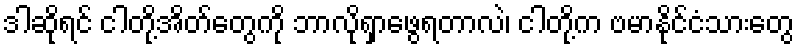
ဒါဆိုရင် ငါတို့အိတ်တွေကို ဘာလိုရှာဖွေရတာလဲ၊ ငါတို့က ဗမာနိုင်ငံသားတွေ